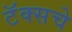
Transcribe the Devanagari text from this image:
टॅक्सचे